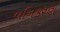
વનિકરણ